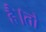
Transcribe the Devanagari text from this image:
है।तो